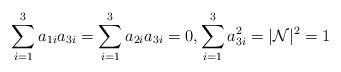
LaTeX: \begin{align*}\sum_{i=1}^{3}a_{1i}a_{3i}=\sum_{i=1}^{3}a_{2i}a_{3i}=0,\sum_{i=1}^{3}a_{3i}^2=|\mathcal{N}|^2=1\end{align*}